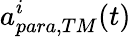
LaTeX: a_{para,TM}^{i}(t)